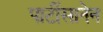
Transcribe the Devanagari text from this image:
पार्टीसानेन